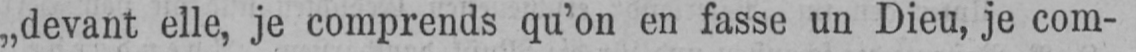
„devant elle, je comprends qu’on en fasse un Dieu, je com-